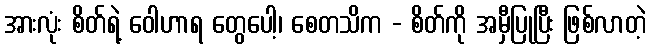
အားလုံး စိတ်ရဲ့ ဝေါဟာရ တွေပေါ့၊ စေတသိက - စိတ်ကို အမှီပြုပြီး ဖြစ်လာတဲ့